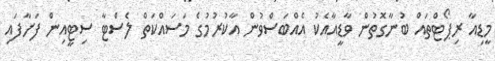
މީޑިއާ ރިޕޯޓްތައް ބުނާގޮތުން ވާޑީއާއެކު އެއްބަސްވުން އާކުރުމުގެ މަސައްކަތް ލެސްޓާ ސިޓީއިން ފަށާފައި